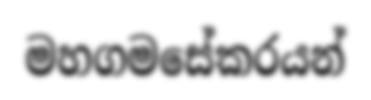
මහගමසේකරයන්